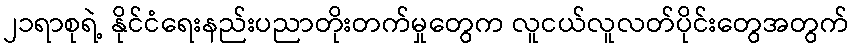
၂၁ရာစုရဲ့ နိုင်ငံရေးနည်းပညာတိုးတက်မှုတွေက လူငယ်လူလတ်ပိုင်းတွေအတွက်